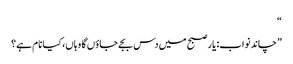
“
”چاند نواب: یار صبح میں دس بجے جاؤں گا وہاں، کیا نام ہے؟